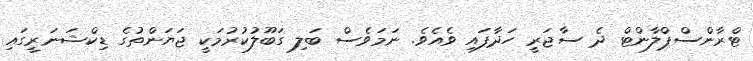
ޓްރާންސްޕްލާންޓް ދެ ސާޖަރީ ހަދާފައި ވެއެވެ. ނަމަވެސް ބަލި ގަބޫލުކުރުމަކީ ޖަޔަންތުގެ ޑިކްޝަނަރީގައި